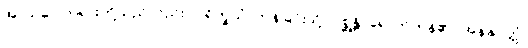
အာသဝေါတရားတို့သည်လည်း။ ပရိက္ခယံ၊ ကုန်ခြင်းသို့။ ဂစ္ဆန္တိ၊ ရောက်ကုန်၏။ အနနုပ္ပတ္တံ၊